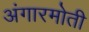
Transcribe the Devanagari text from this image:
अंगारमोती